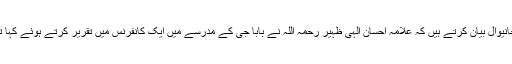
عبیداللہ انور ناظم تبلیغ مرکزی جمعیت اہل حدیث ضلع خانیوال بیان کرتے ہیں کہ علامہ احسان الہی ظہیر رحمہ اللہ نے بابا جی کے مدرسے میں ایک کانفرنس میں تقریر کرتے ہوئے کہا تھا :لوگو تم کہتے ہو کہ اہل حدیثوں میں ولی کوئی نہیں ۔